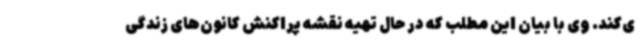
ی‌کند. وی با بیان این مطلب که در حال تهیه نقشه پراکنش کانون‌های زندگی